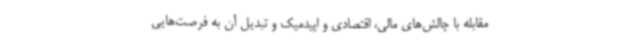
مقابله با چالش‌های مالی، اقتصادی و اپیدمیک و تبدیل آن به فرصت‌هایی